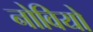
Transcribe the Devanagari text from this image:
नोवियो